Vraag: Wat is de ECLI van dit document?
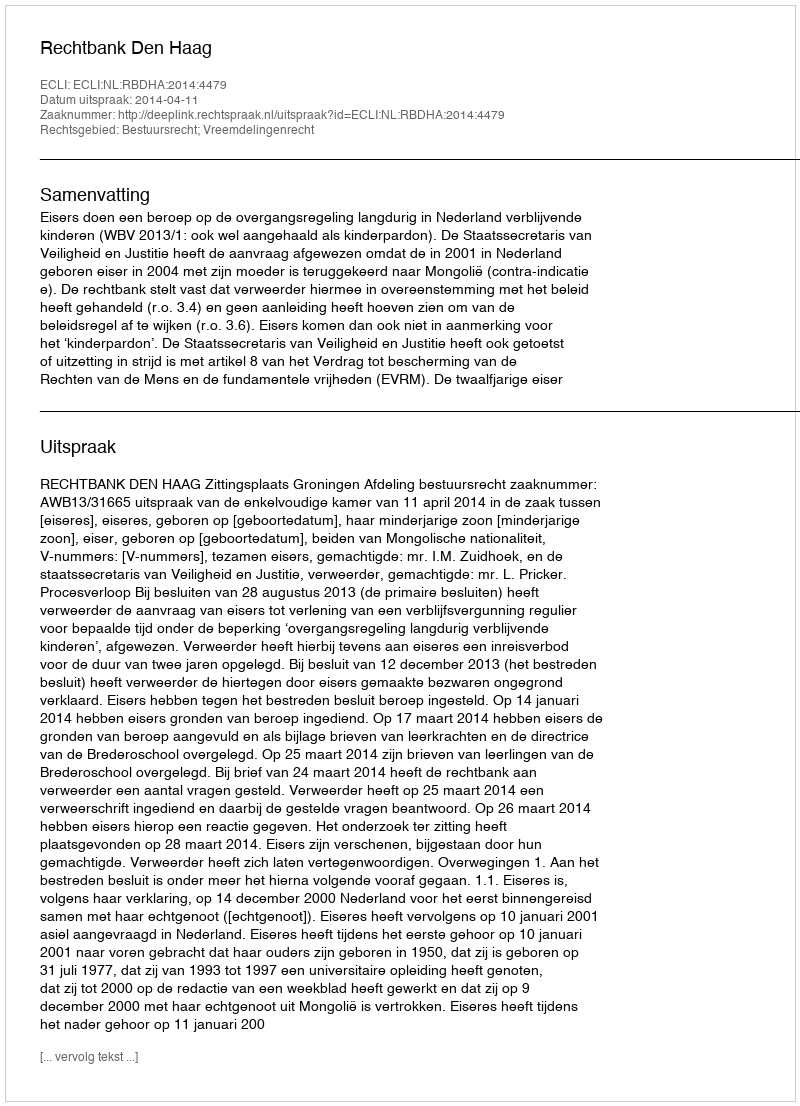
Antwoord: ECLI:NL:RBDHA:2014:4479